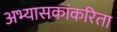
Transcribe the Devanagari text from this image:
अभ्यासकांकरिता